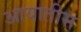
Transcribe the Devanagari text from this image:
आयातीस